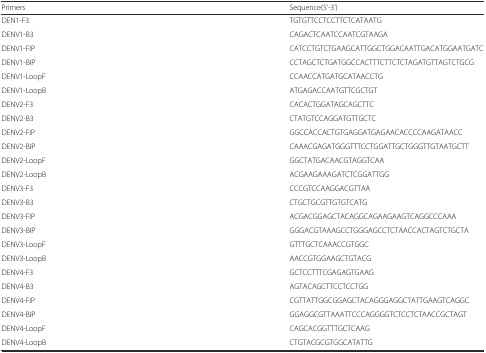
<table><thead><tr><td><b>Primers</b></td><td><b>Sequence(5‘-3’)</b></td></tr></thead><tbody><tr><td>DEN1-F3</td><td>TGTGTTCCTCCTTCTCATAATG</td></tr><tr><td>DENV1-B3</td><td>CAGACTCAATCCAATCGTAAGA</td></tr><tr><td>DENV1-FIP</td><td>CATCCTGTCTGAAGCATTGGCTGGACAATTGACATGGAATGATC</td></tr><tr><td>DENV1-BIP</td><td>CCTAGCTCTGATGGCCACTTTCTTCTCTAGATGTTAGTCTGCG</td></tr><tr><td>DENV1-LoopF</td><td>CCAACCATGATGCATAACCTG</td></tr><tr><td>DENV1-LoopB</td><td>ATGAGACCAATGTTCGCTGT</td></tr><tr><td>DENV2-F3</td><td>CACACTGGATAGCAGCTTC</td></tr><tr><td>DENV2-B3</td><td>CTATGTCCAGGATGTTGCTC</td></tr><tr><td>DENV2-FIP</td><td>GGCCACCACTGTGAGGATGAGAACACCCCAAGATAACC</td></tr><tr><td>DENV2-BIP</td><td>CAAACGAGATGGGTTTCCTGGATTGCTGGGTTGTAATGCTT</td></tr><tr><td>DENV2-LoopF</td><td>GGCTATGACAACGTAGGTCAA</td></tr><tr><td>DENV2-LoopB</td><td>ACGAAGAAAGATCTCGGATTGG</td></tr><tr><td>DENV3-F3</td><td>CCCGTCCAAGGACGTTAA</td></tr><tr><td>DENV3-B3</td><td>CTGCTGCGTTGTGTCATG</td></tr><tr><td>DENV3-FIP</td><td>ACGACGGAGCTACAGGCAGAAGAAGTCAGGCCCAAA</td></tr><tr><td>DENV3-BIP</td><td>GGGACGTAAAGCCTGGGAGCCTCTAACCACTAGTCTGCTA</td></tr><tr><td>DENV3-LoopF</td><td>GTTTGCTCAAACCGTGGC</td></tr><tr><td>DENV3-LoopB</td><td>AACCGTGGAAGCTGTACG</td></tr><tr><td>DENV4-F3</td><td>GCTCCTTTCGAGAGTGAAG</td></tr><tr><td>DENV4-B3</td><td>AGTACAGCTTCCTCCTGG</td></tr><tr><td>DENV4-FIP</td><td>CGTTATTGGCGGAGCTACAGGGAGGCTATTGAAGTCAGGC</td></tr><tr><td>DENV4-BIP</td><td>GGAGGCGTTAAATTCCCAGGGGTCTCCTCTAACCGCTAGT</td></tr><tr><td>DENV4-LoopF</td><td>CAGCACGGTTTGCTCAAG</td></tr><tr><td>DENV4-LoopB</td><td>CTGTACGCGTGGCATATTG</td></tr></tbody></table>